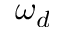
\omega _ { d }